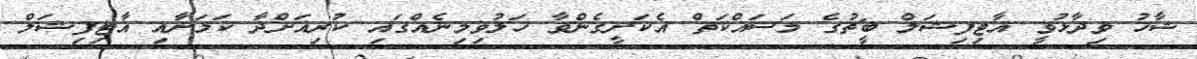
ޝާހު ވިދާޅުވީ އާޓިފިޝަލް ބީޗުގެ މަސައްކަތް އެކަށީގެންވާ ހަލުވިމިނެއްގައި ކުރިއަށްދާ ކަމަށާއި އާޓިފިޝަލް